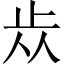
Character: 𣥐